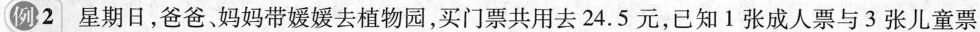
例2星期日，爸爸、妈妈带媛媛去植物园，买门票共用去24.5元，已知1张成人票与3张儿童票